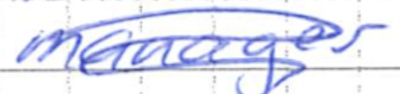
Text: manager
Cross-out: scratch
Writing tool: ballpoint